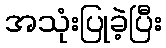
အသုံးပြုခဲ့ပြီး